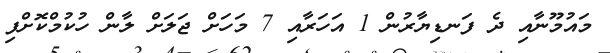
މައުމޫނާއި ދެ ފަނޑިޔާރުން 1 އަހަރާއި 7 މަހަށް ޖަލަށް ލާން ހުކުމްކޮށްފި